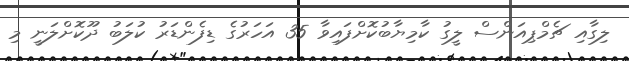
ލިގާއި ޗެމްޕިއަންސް ލީގު ކާމިޔާބުކޮށްފައިވާ 35 އަހަރުގެ ޑިފެންޑަރު ކުލަބު ދޫކޮށްލަނީ މި